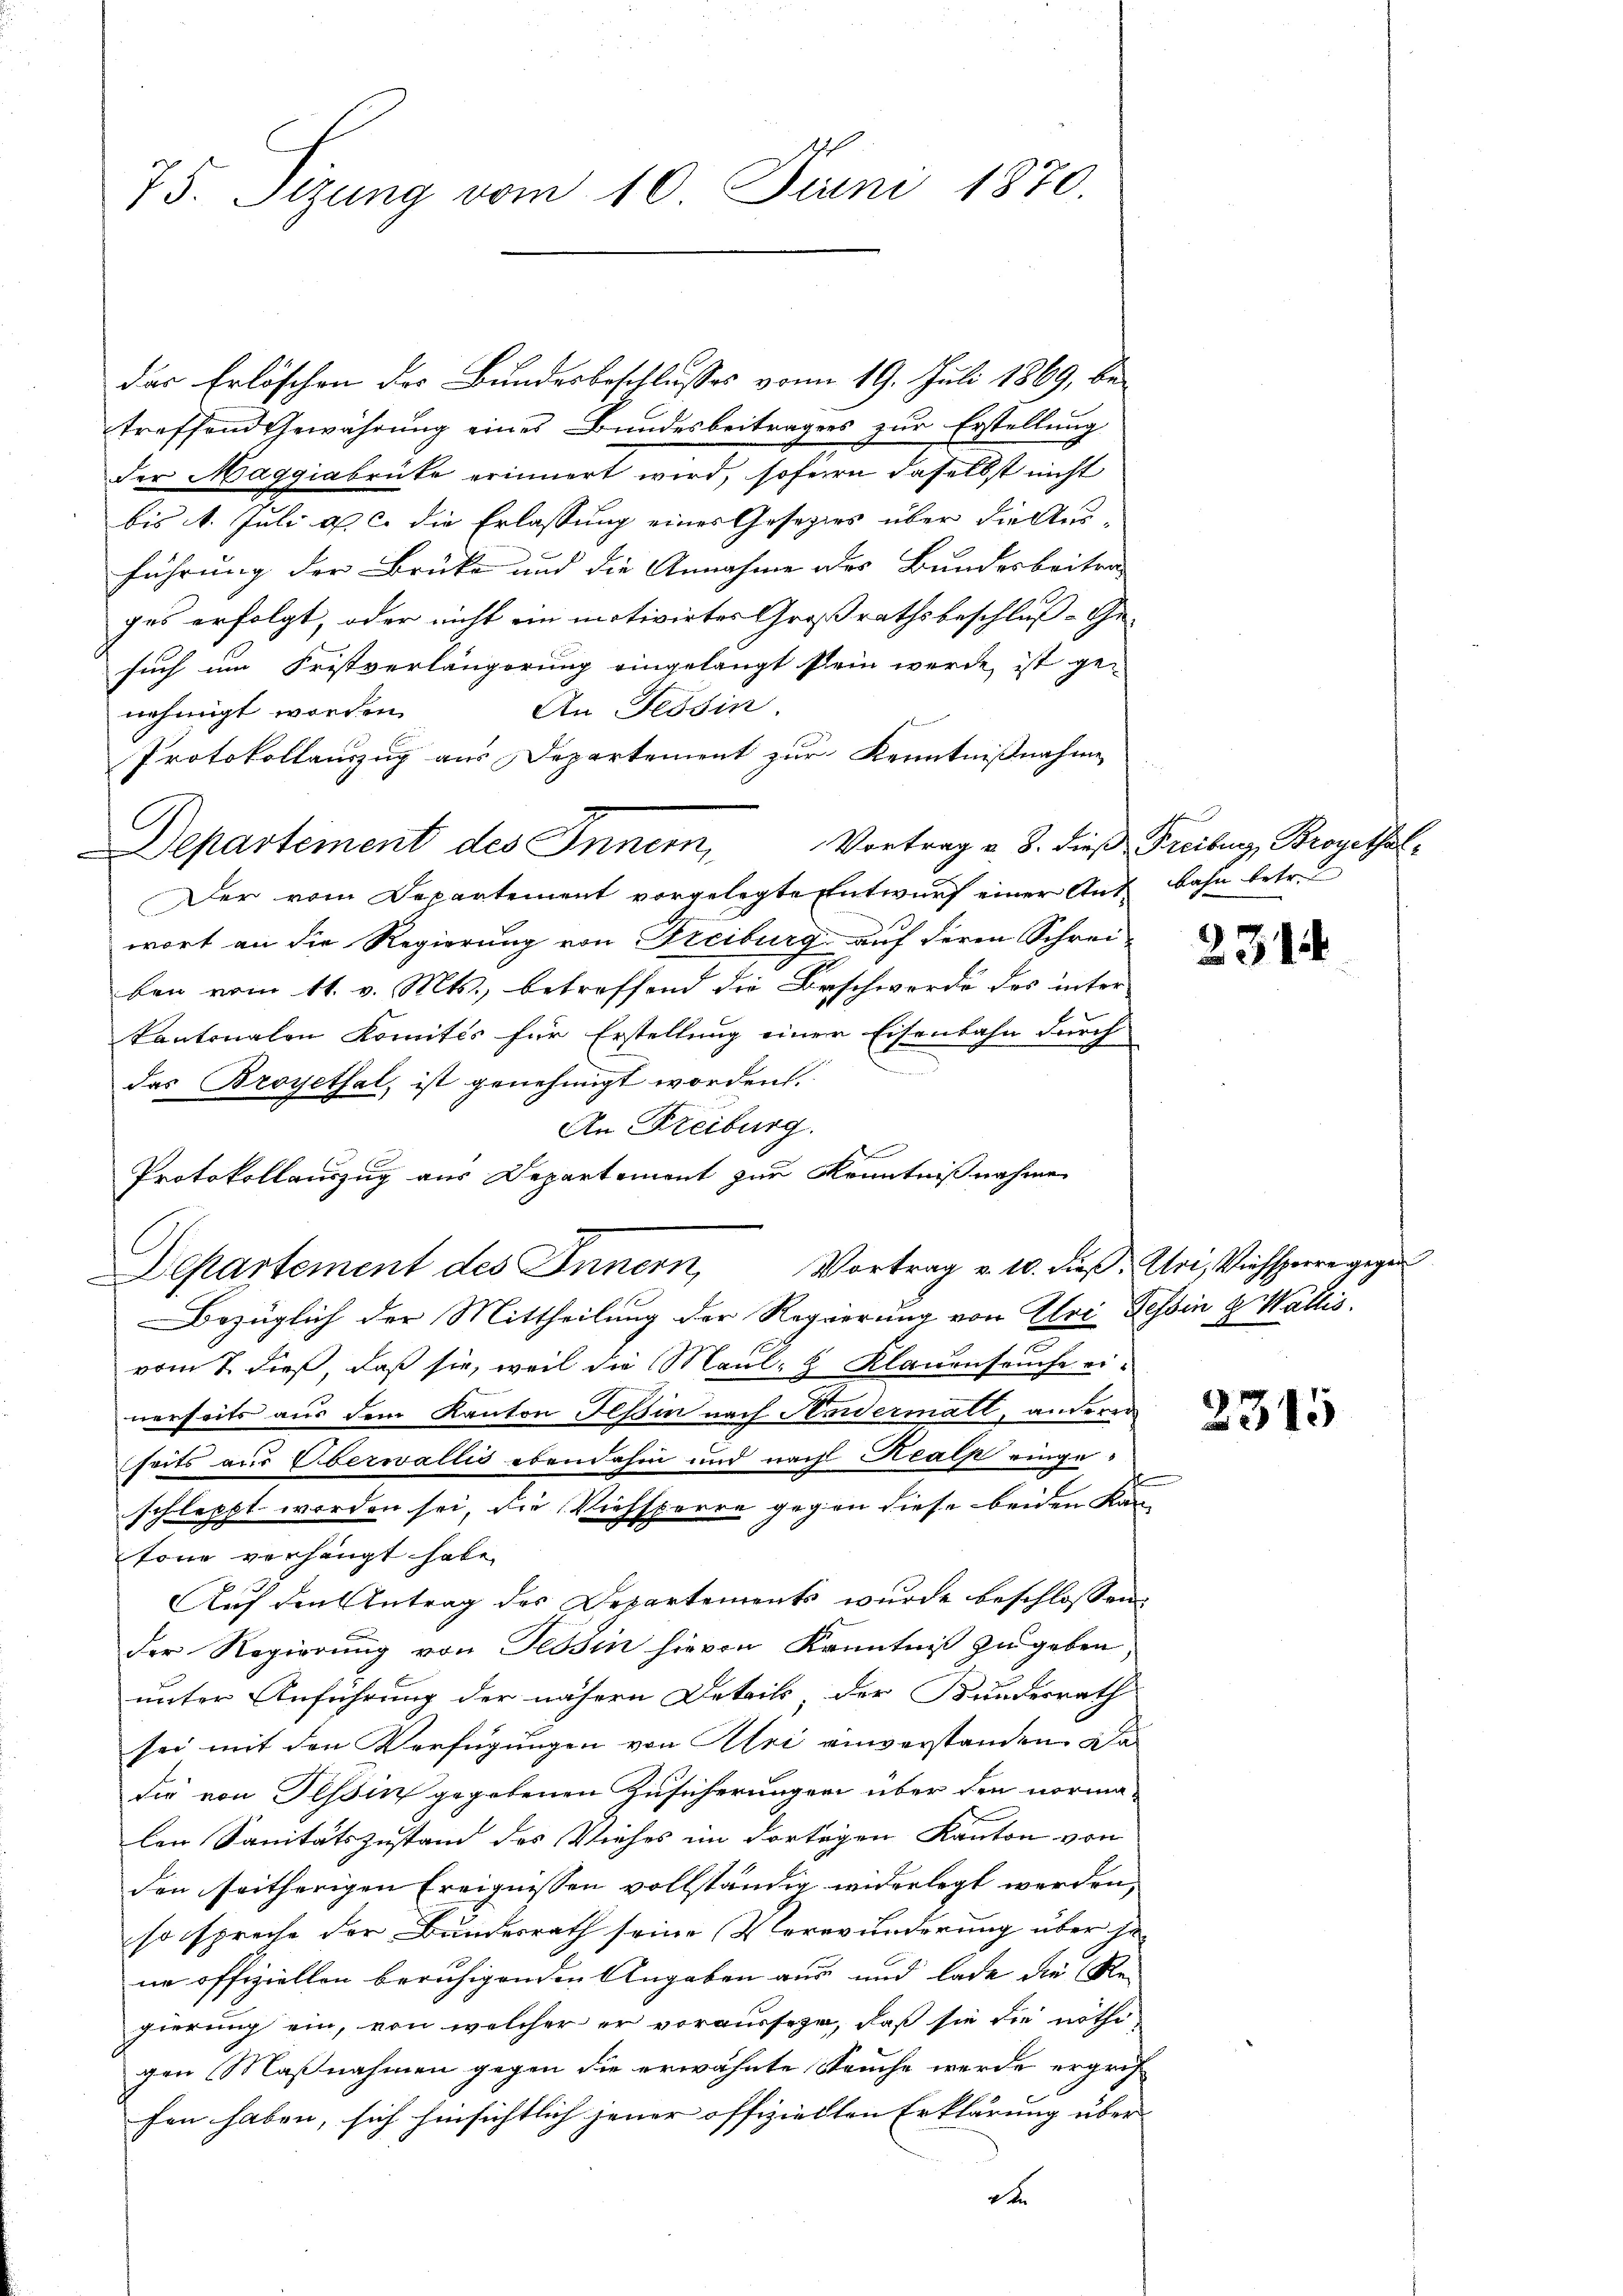
75. Sizung vom 10. Juni 1870.

das Erlöschen des Bundesbeschlusses vom 19. Juli 1869, betreffend Gewährung eines Bundesbeitrages zur Erstellung
der Maggiabrücke erinnert wird, sofern daselbst nicht
bis 14. Juli a. c. die Erlassung einer Gesetzes über die Aus-
führung der Brüke und die Annahme des Bundesbeitrag
ges erfolgt, oder nicht ein motivirtes Großrathsbeschluß-Ge-
such um Fristverlängerung eingelangt sein werde ist ge-
An Tessin.
nehmigt worden.
Protokollauszug aus Departement zur Kenntnißnahmen
Departement des Innern,
Der vom Departement vorgelegte Entwurf einer Ant. Bahn betr.
wort an die Regierung von Freiburg auf deren Schreiben vom 11. v. Mts., betreffend die Beschwerde des inter
kantonalen Komités für Erstellung einer Eisenbahn durch
e
das Broyethal, ist genehmigt worden.
An Freiburg.
Protokollauszug aus Departement zur Kenntnißnahme
Bezüglich der Mittheilung der Regierung von Uri Tessin & Wallis.
vom 7. dieß, daß sie, weil die Maul- & Klauenseuche ei-
nerseits aus dem Kanton Tessin nach Andermall, anderen
seits aus Oberwallis ebendahin und nach Kealp eingeschleppt worden sei, die Viehsperre gegen diese beiden Kan-
töne verhängt habe.
Auf den Antrag des Departements wurde beschlossen
der Regierung von Tessin hievon Kenntniß zu geben,
unter Anführung der nähern Details der Bundesrath
sei mit den Verfügungen von Uri einverstanden. Da
die von Tessin gegebenen Zusicherungen über den normalen Sanitätszustand des Viehes im dortigen Kanton von
den seitherigen Ereignissen vollständig widerlegt werden,
so spreche der Bundesrath seine Verwunderung über se
ne offiziellen beruhigenden Angaben aus und lade die Regierung ein, von welcher er voraussehe, daß sie die nöthigen Maßnahmen gegen die erwähnte Seuche werde ergrif
fen haben, sich hinsichtlich jener offizielten Erklärung über
d

Departement des Innern, Vortrag v. 10. dieß. Uri, Viehsperre gegen

Vortrag v. 8. dieß Freiburg, Brogethal¬

2314

2315